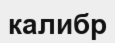
калибр